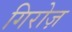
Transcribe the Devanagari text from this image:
गिरोज़